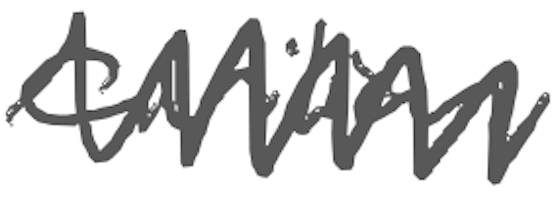
Text: civilian
Cross-out: zig-zag
Writing tool: digital_gray